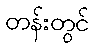
တန်းတွင်